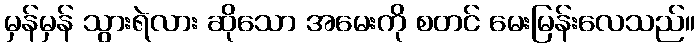
မှန်မှန် သွားရဲလား ဆိုသော အမေးကို စတင် မေးမြန်းလေသည်။